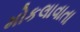
મોકલાવાતા